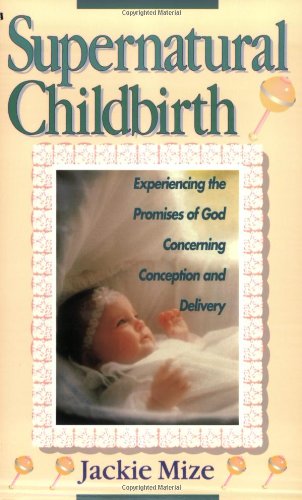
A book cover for Supernatural Childbirth; Jackie Mize; Parenting & Relationships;